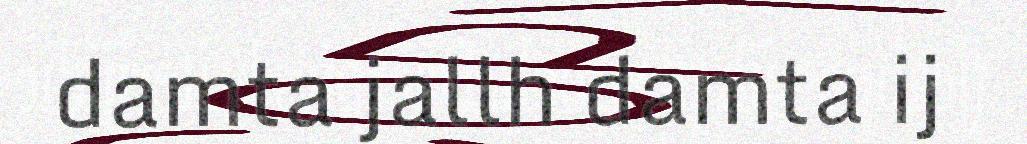
damta jallh damta ij